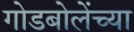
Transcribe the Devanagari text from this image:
गोडबोलेंच्या